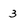
Character: 3